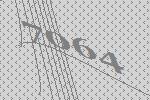
7064